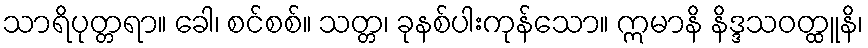
သာရိပုတ္တရာ။ ခေါ၊ စင်စစ်။ သတ္တ၊ ခုနစ်ပါးကုန်သော။ ဣမာနိ နိဒ္ဒသဝတ္ထူနိ၊